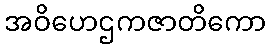
အဝိဟေဌကဇာတိကော